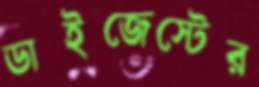
ডাইজেস্টের